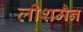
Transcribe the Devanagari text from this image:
लीशमैन